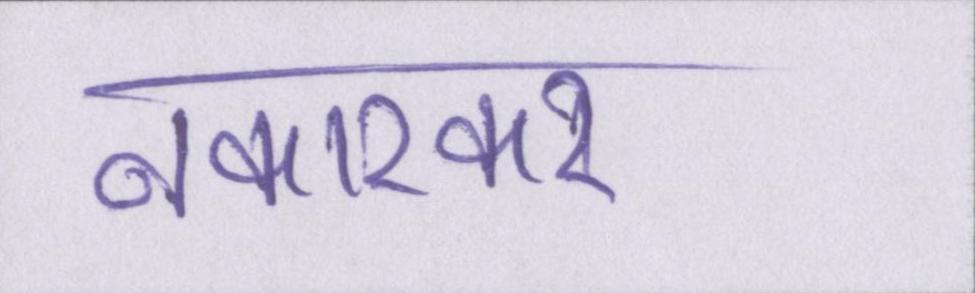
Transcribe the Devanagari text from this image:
नकारकर